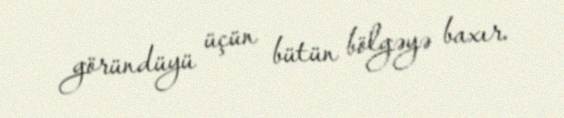
göründüyü üçün bütün bölgəyə baxır.